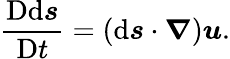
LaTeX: {\frac{\mathrm{D}\mathrm{d}{\boldsymbol{s}}}{\mathrm{D}t}}=\left(\mathrm{d}{\boldsymbol{s}}\cdot{\boldsymbol{\nabla}}\right){\boldsymbol{u}}.